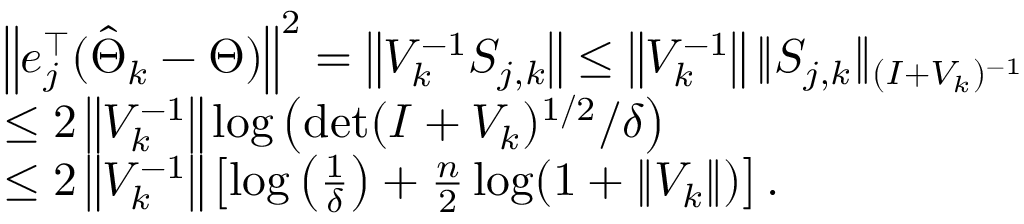
\begin{array} { r l } & { \left\| e _ { j } ^ { \top } ( \hat { \Theta } _ { k } - \Theta ) \right\| ^ { 2 } = \left\| V _ { k } ^ { - 1 } S _ { j , k } \right\| \leq \left\| V _ { k } ^ { - 1 } \right\| \| S _ { j , k } \| _ { ( I + V _ { k } ) ^ { - 1 } } } \\ & { \leq 2 \left\| V _ { k } ^ { - 1 } \right\| \log \left( \operatorname* { d e t } ( I + V _ { k } ) ^ { 1 / 2 } / \delta \right) } \\ & { \leq 2 \left\| V _ { k } ^ { - 1 } \right\| \left[ \log \left( \frac { 1 } { \delta } \right) + \frac { n } { 2 } \log ( 1 + \| V _ { k } \| ) \right] . } \end{array}